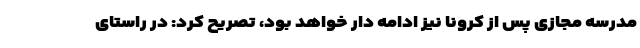
مدرسه مجازی پس از کرونا نیز ادامه دار خواهد بود، تصریح کرد: در راستای